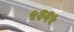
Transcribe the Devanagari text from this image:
५३६५